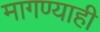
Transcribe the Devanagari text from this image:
मागण्याही